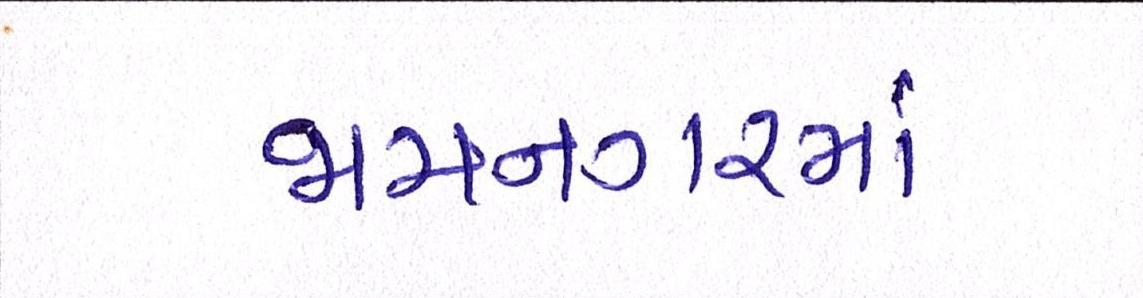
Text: જામનગરમાં